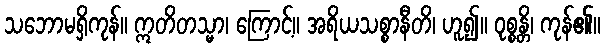
သဘောမရှိကုန်။ ဣတိတသ္မာ၊ ကြောင့်။ အရိယသစ္စာနီတိ၊ ဟူ၍။ ဝုစ္စန္တိ၊ ကုန်၏။